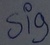
Text: sig